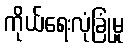
ကိုယ်ရေးလုံခြုံမှု